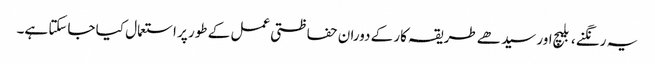
یہ رنگنے ، بلیچ اور سیدھے طریقہ کار کے دوران حفاظتی عمل کے طور پر استعمال کیا جاسکتا ہے۔